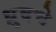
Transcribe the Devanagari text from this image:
ध्रुवचे